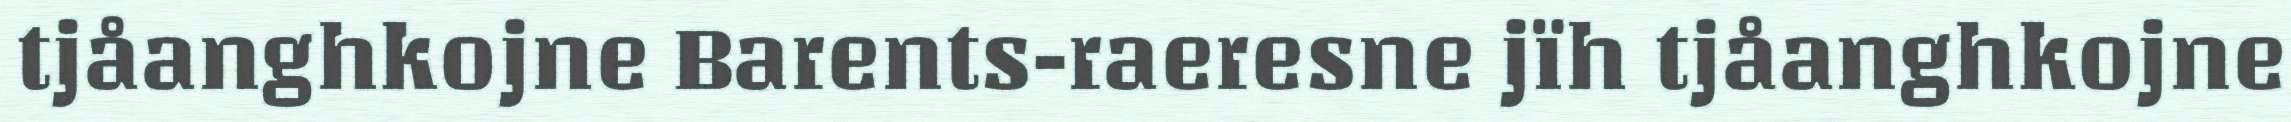
tjåanghkojne Barents-raeresne jïh tjåanghkojne